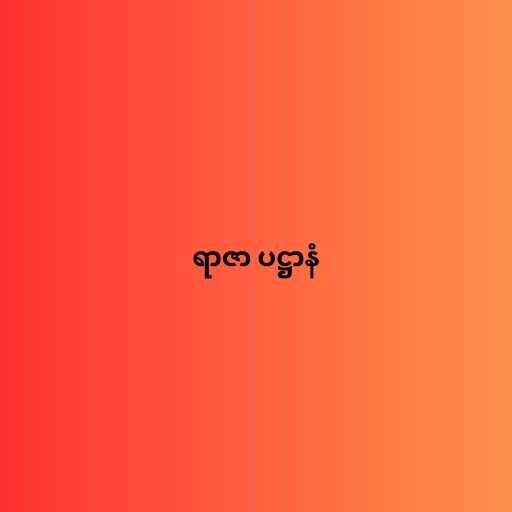
ရာဇာ ပဋ္ဌာနံ